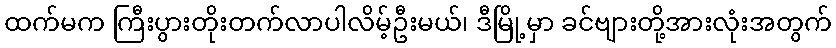
ထက်မက ကြီးပွားတိုးတက်လာပါလိမ့်ဦးမယ်၊ ဒီမြို့မှာ ခင်ဗျားတို့အားလုံးအတွက်